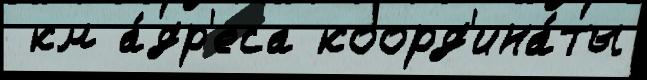
 км а́др'еса коорд'ина́ты